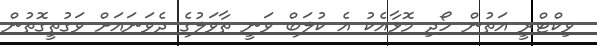
ވިކްޓްރީ އަތުން ހޯދި މޮޅާއެކު އެ ކުލަބް ވަނީ ތާވަލުގެ ދެވަނައަށް ވަގުތީގޮތުން